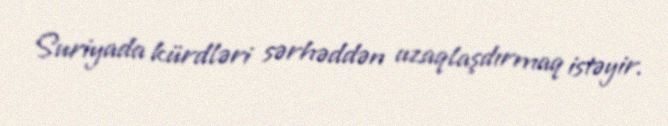
Suriyada kürdləri sərhəddən uzaqlaşdırmaq istəyir.